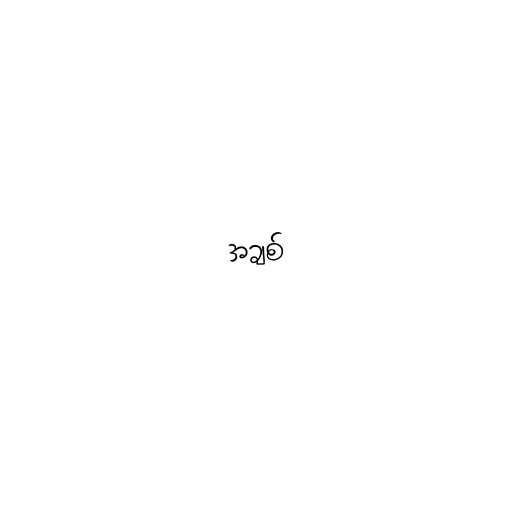
အချစ်